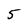
Character: 5